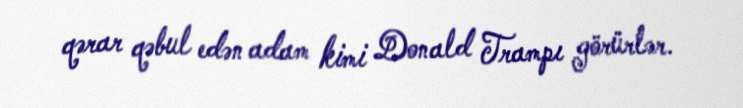
qərar qəbul edən adam kimi Donald Trampı görürlər.